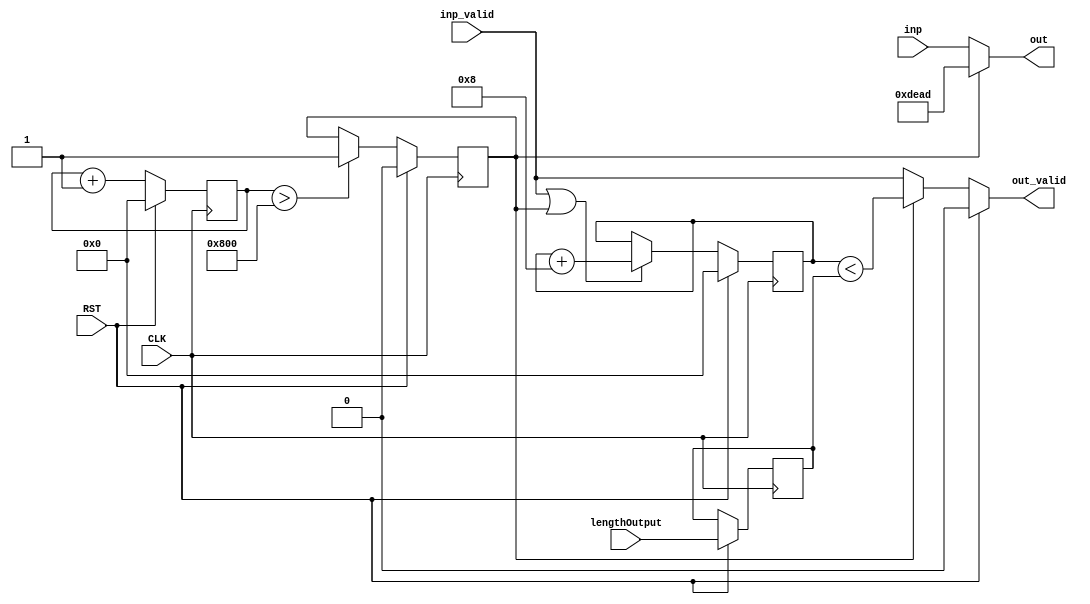
module UnderflowShim(input CLK, input RST, input [31:0] lengthOutput, input [63:0] inp, input inp_valid, output [63:0] out, output out_valid);
   parameter WAIT_CYCLES = 2048;
   reg [31:0] outCnt;
   reg [31:0] outLen;
   reg        fixupMode;
   reg [31:0]  outClks = 0;
   always@(posedge CLK) begin
     if (RST) begin 
        outCnt <= 32'd0;
        outLen <= lengthOutput;
        fixupMode <= 1'b0;
        outClks <= 32'd0;
     end else begin
        outClks <= outClks + 32'd1;
        if(inp_valid || fixupMode) begin outCnt <= outCnt+32'd8; end 
        if(outClks > WAIT_CYCLES) begin fixupMode <= 1'b1; end
     end
   end
   assign out = (fixupMode)?(64'hDEAD):(inp);
   assign out_valid = (RST)?(1'b0):((fixupMode)?(outCnt<outLen):(inp_valid));
endmodule